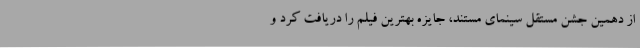
از دهمین جشن مستقل سینمای مستند، جایزه بهترین فیلم را دریافت کرد و